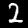
Digit: 2